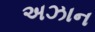
અઝાન